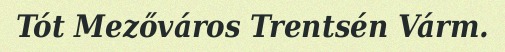
Tót Mezőváros Trentsén Várm.